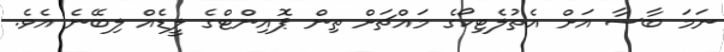
ނަމަ ބާސާ އަށް އެތުލެޓިކޯގެ މައްޗަށް ތިން ޕޮއިންޓްގެ ލީޑެއް ލިބޭނެ އެވެ.